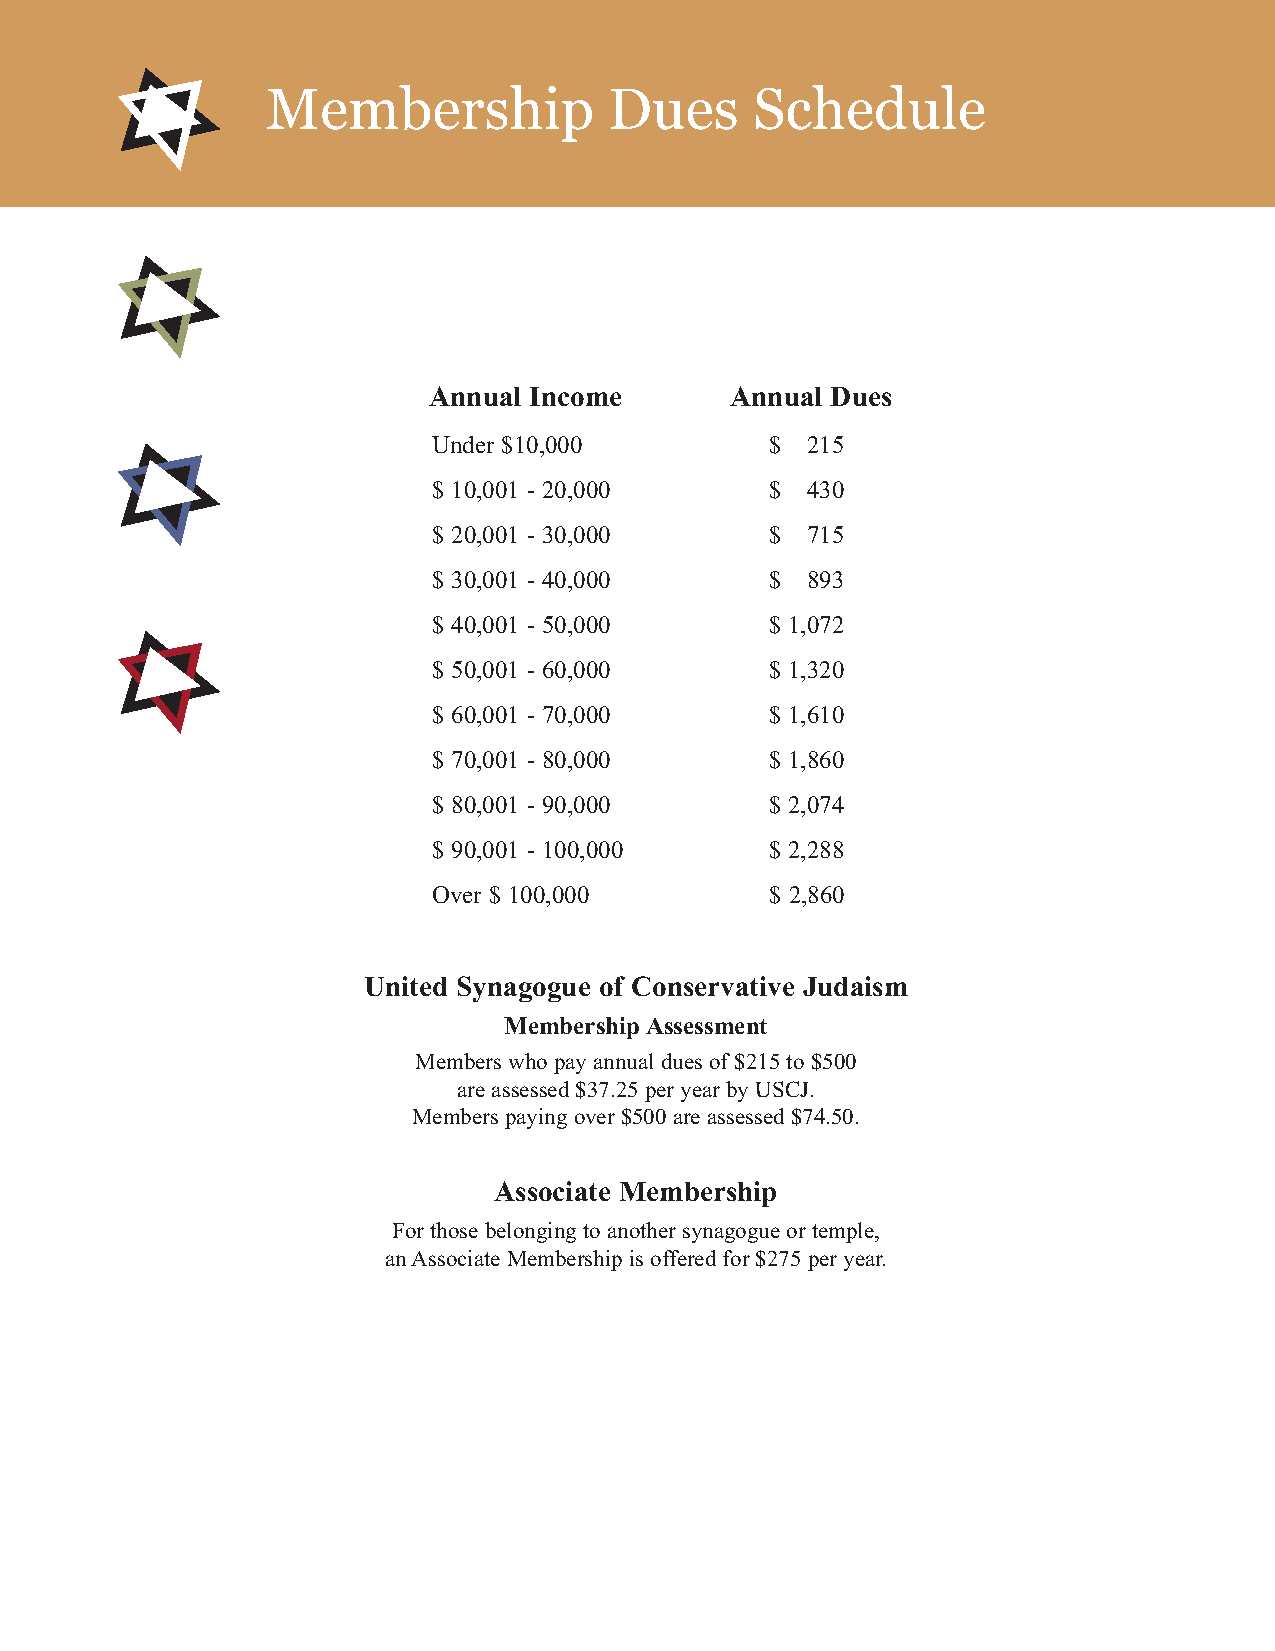
Membership            Dues      Schedule
 Annual Income       Annual Dues
 Under $10,000         $ 215
 $ 10,001 - 20,000     $ 430
 $ 20,001 - 30,000     $ 715
 $ 30,001 - 40,000     $ 893
 $ 40,001 - 50,000     $ 1,072
 $ 50,001 - 60,000     $ 1,320
 $ 60,001 - 70,000     $ 1,610
 $ 70,001 - 80,000     $ 1,860
 $ 80,001 - 90,000     $ 2,074
 $ 90,001 - 100,000    $ 2,288
 Over $ 100,000        $ 2,860
 United Synagogue of Conservative Judaism
 Membership Assessment
 Members who pay annual dues of $215 to $500
 are assessed $37.25 per year by USCJ.
 Members paying over $500 are assessed $74.50.
 Associate Membership
 For those belonging to another synagogue or temple,
 an Associate Membership is offered for $275 per year.